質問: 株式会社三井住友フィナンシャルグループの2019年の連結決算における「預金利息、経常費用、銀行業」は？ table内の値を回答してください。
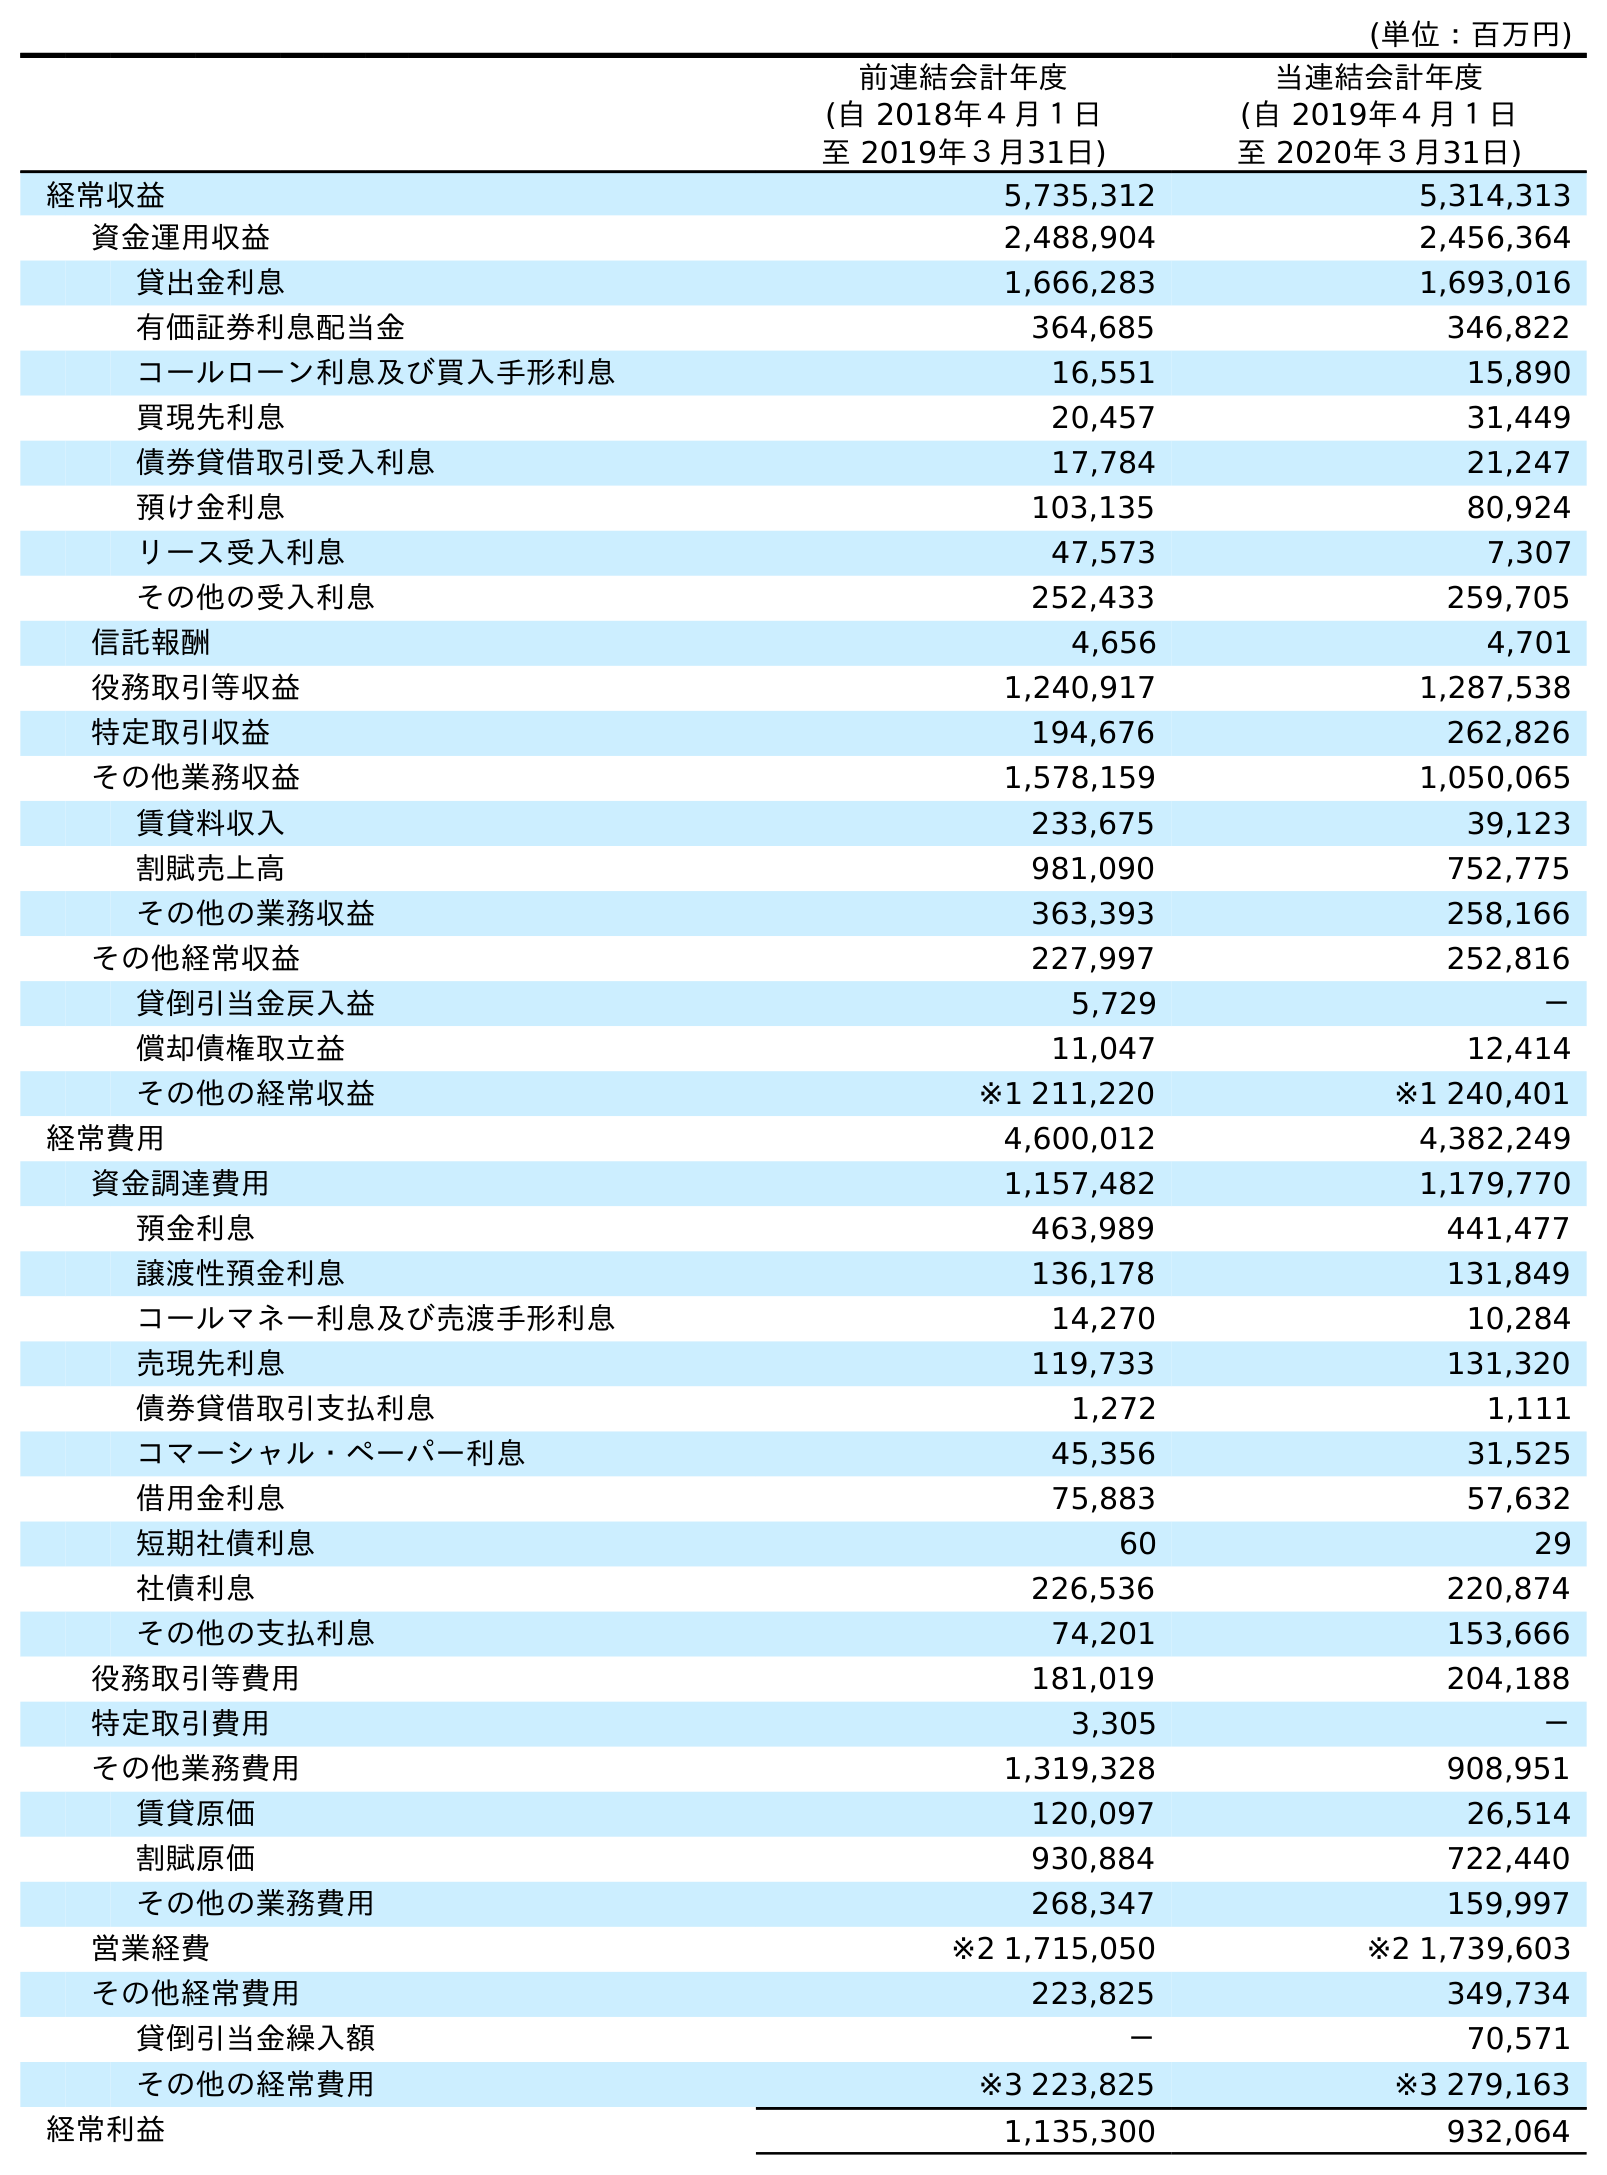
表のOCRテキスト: (単位：百万円) 前連結会計年度 (自 2018年４月１日 至 2019年３月31日) 当連結会計年度 (自 2019年４月１日 至 2020年３月31日) 経常収益 5,735,312 5,314,313 資金運用収益 2,488,904 2,456,364 貸出金利息 1,666,283 1,693,016 有価証券利息配当金 364,685 346,822 コールローン利息及び買入手形利息 16,551 15,890 買現先利息 20,457 31,449 債券貸借取引受入利息 17,784 21,247 預け金利息 103,135 80,924 リース受入利息 47,573 7,307 その他の受入利息 252,433 259,705 信託報酬 4,656 4,701 役務取引等収益 1,240,917 1,287,538 特定取引収益 194,676 262,826 その他業務収益 1,578,159 1,050,065 賃貸料収入 233,675 39,123 割賦売上高 981,090 752,775 その他の業務収益 363,393 258,166 その他経常収益 227,997 252,816 貸倒引当金戻入益 5,729 － 償却債権取立益 11,047 12,414 その他の経常収益 ※1 211,220 ※1 240,401 経常費用 4,600,012 4,382,249 資金調達費用 1,157,482 1,179,770 預金利息 463,989 441,477 譲渡性預金利息 136,178 131,849 コールマネー利息及び売渡手形利息 14,270 10,284 売現先利息 119,733 131,320 債券貸借取引支払利息 1,272 1,111 コマーシャル・ペーパー利息 45,356 31,525 借用金利息 75,883 57,632 短期社債利息 60 29 社債利息 226,536 220,874 その他の支払利息 74,201 153,666 役務取引等費用 181,019 204,188 特定取引費用 3,305 － その他業務費用 1,319,328 908,951 賃貸原価 120,097 26,514 割賦原価 930,884 722,440 その他の業務費用 268,347 159,997 営業経費 ※2 1,715,050 ※2 1,739,603 その他経常費用 223,825 349,734 貸倒引当金繰入額 － 70,571 その他の経常費用 ※3 223,825 ※3 279,163 経常利益 1,135,300 932,064
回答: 463,989